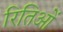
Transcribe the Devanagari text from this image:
रितिओं